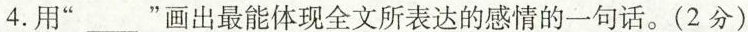
4.用”___”画出最能体现全文所表达的感情的一句话。(2分)